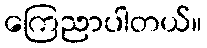
ကြေညာပါတယ်။